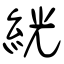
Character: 絖